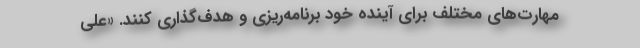
مهارت‌های مختلف برای آینده خود برنامه‌ریزی و هدف‌گذاری کنند. «علی